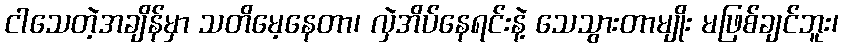
ငါသေတဲ့အချိန်မှာ သတိမေ့နေတာ၊ လှဲအိပ်နေရင်းနဲ့ သေသွားတာမျိုး မဖြစ်ချင်ဘူး၊